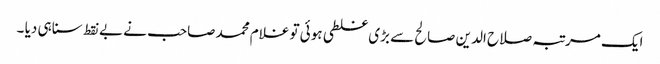
ایک مرتبہ صلاح الدین صالح سے بڑی غلطی ہوئی تو غلام محمد صاحب نے بے نقط سنا ہی دیا ۔